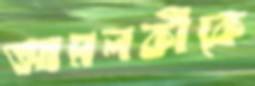
আমলকীকে